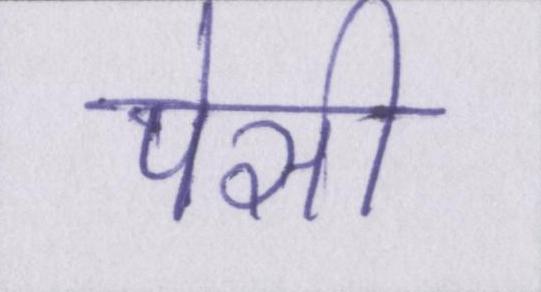
पेसी